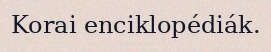
Korai enciklopédiák.